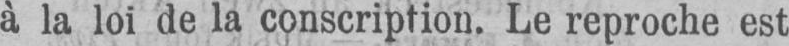
à la loi de la conscription. Le reproche est